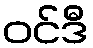
ဝင်ဒီ